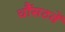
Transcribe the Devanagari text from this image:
चौंसठवें